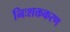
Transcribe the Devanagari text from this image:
निःशक्तकरण